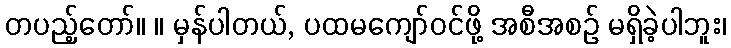
တပည့်တော်။ ။ မှန်ပါတယ်, ပထမကျော်ဝင်ဖို့ အစီအစဉ် မရှိခဲ့ပါဘူး၊